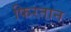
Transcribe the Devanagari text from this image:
फिरतान